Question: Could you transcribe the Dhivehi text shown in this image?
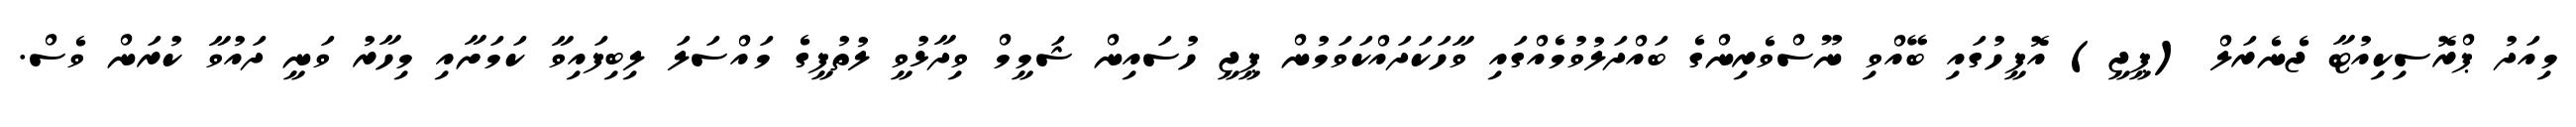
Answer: މިއަދު ޕްރޮސިކިއުޓާ ޖެނެރަލް (ޕީޖީ) އޮފީހުގައި ބޭއްވި ނޫސްވެރިންގެ ބައްދަލުވުމެއްގައި ވާހަކަދައްކަވަމުން ޕީޖީ ހުސައިން ޝަމީމް ވިދާޅުވީ ލުތުފީގެ މައްސަލަ ލިބިފައިވާ ކަމަށާއި މިހާރު ވަނީ ދައުވާ ކުރަން ވެސް.